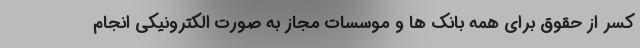
کسر از حقوق برای همه بانک ها و موسسات مجاز به صورت الکترونیکی انجام